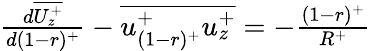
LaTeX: \begin{array}{r}{\frac{d\overline{{U_{z}^{+}}}}{d(1-r)^{+}}-\overline{{u_{(1-r)^{+}}^{+}u_{z}^{+}}}=-{\frac{(1-r)^{+}}{R^{+}}}}\end{array}